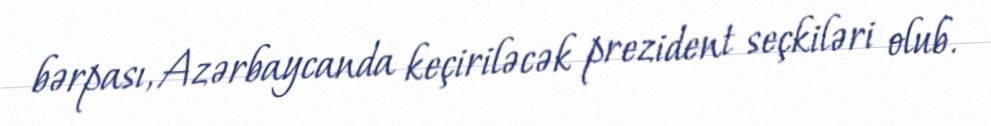
bərpası, Azərbaycanda keçiriləcək prezident seçkiləri olub.